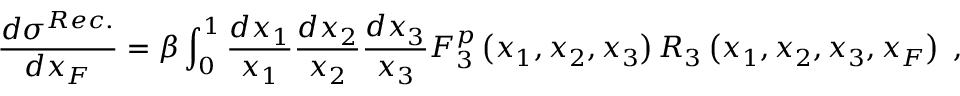
\frac { d \sigma ^ { R e c . } } { d x _ { F } } = \beta \int _ { 0 } ^ { 1 } \frac { d x _ { 1 } } { x _ { 1 } } \frac { d x _ { 2 } } { x _ { 2 } } \frac { d x _ { 3 } } { x _ { 3 } } F _ { 3 } ^ { p } \left( x _ { 1 } , x _ { 2 } , x _ { 3 } \right) R _ { 3 } \left( x _ { 1 } , x _ { 2 } , x _ { 3 } , x _ { F } \right) \; ,